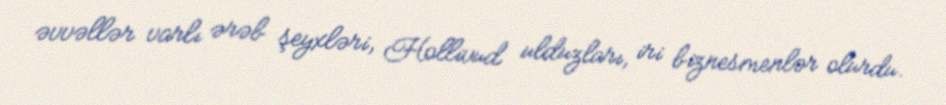
əvvəllər varlı ərəb şeyxləri, Hollivud ulduzları, iri biznesmenlər olurdu.